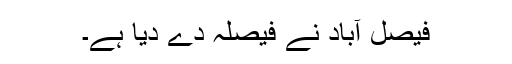
فیصل آباد نے فیصلہ دے دیا ہے۔